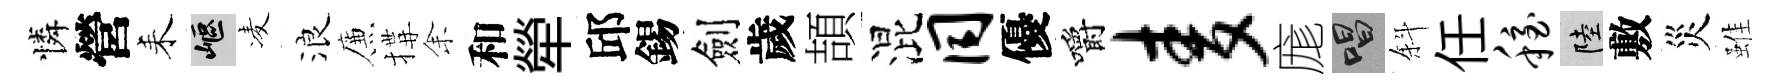
憐營耒嶇凌浪簾搆𪜬和犖邱錫劍歲頡混同優嚼麦庬唱斜任稳陸敷災雖